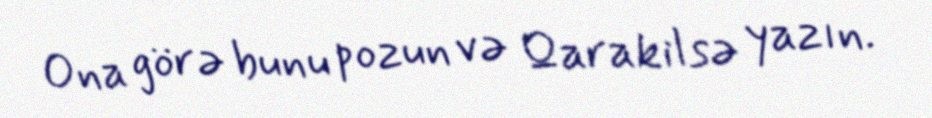
Ona görə bunu pozun və Qarakilsə yazın.